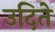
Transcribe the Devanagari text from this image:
उदिते